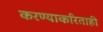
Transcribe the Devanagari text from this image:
करण्याकरिताही